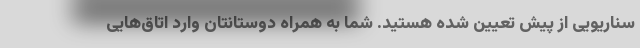
سناریویی از پیش تعیین شده هستید. شما به همراه دوستانتان وارد اتاق‌هایی